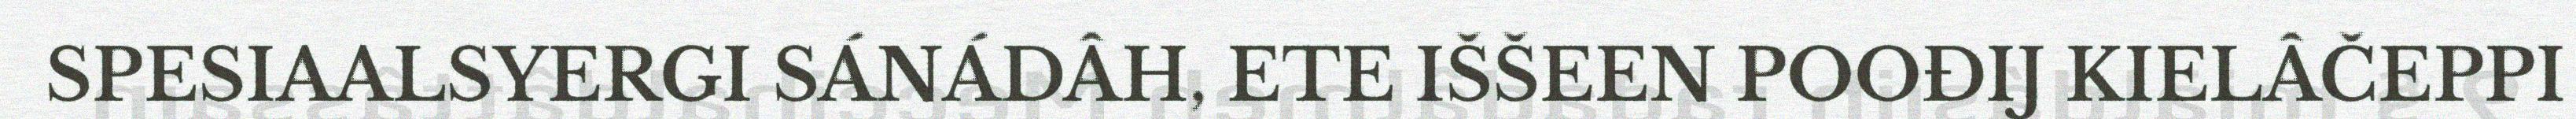
SPESIAALSYERGI SÁNÁDÂH, ETE IŠŠEEN POOĐIJ KIELÂČEPPI